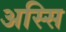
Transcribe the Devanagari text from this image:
अस्सि